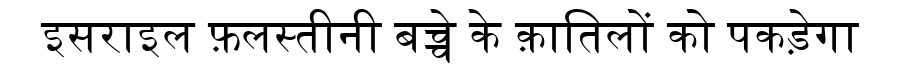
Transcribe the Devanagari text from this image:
इसराइल फ़लस्तीनी बच्चे के क़ातिलों को पकड़ेगा